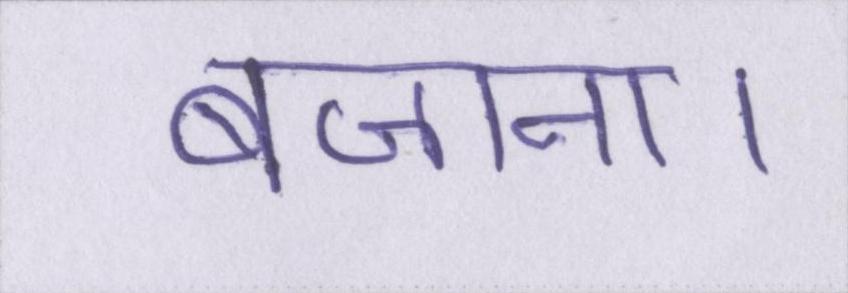
बजाना।